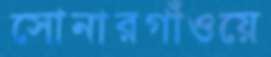
সোনারগাঁওয়ে